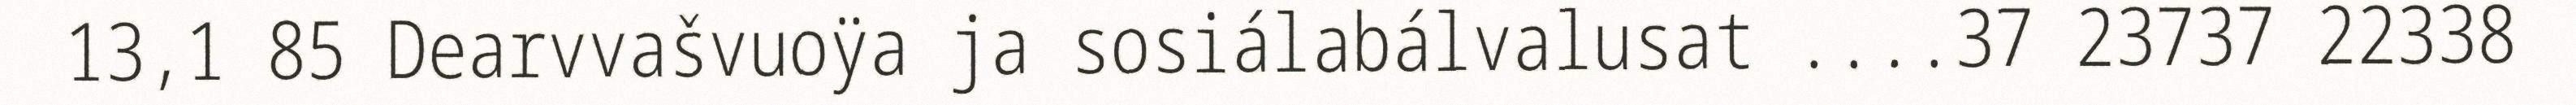
13,1 85 Dearvvašvuoÿa ja sosiálabálvalusat ....37 23737 22338